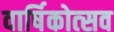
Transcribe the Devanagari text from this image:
वार्षिकोत्‍सव